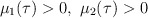
\begin{align*}\mu_1(\tau)>0,~ \mu_2(\tau)>0\end{align*}